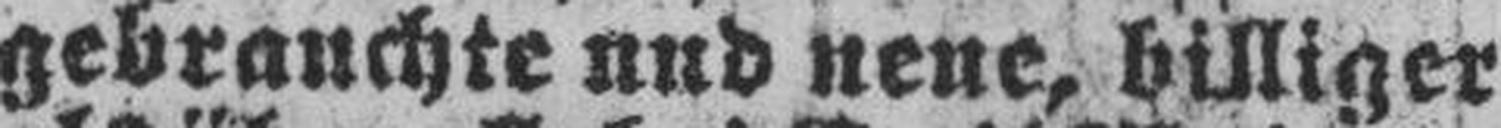
gebrauchte und neue, billiger